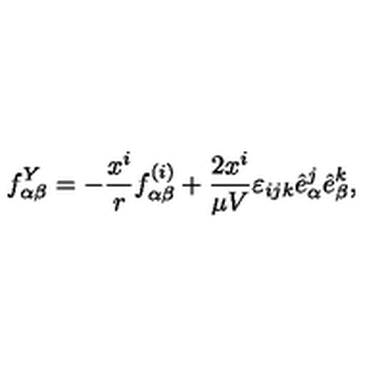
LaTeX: f _ { \alpha \beta } ^ { Y } = - \frac { x ^ { i } } { r } f _ { \alpha \beta } ^ { ( i ) } + \frac { 2 x ^ { i } } { \mu V } \varepsilon _ { i j k } { \hat { e } } _ { \alpha } ^ { j } { \hat { e } } _ { \beta } ^ { k } ,